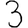
Digit: 3